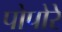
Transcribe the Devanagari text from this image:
पोपोरे